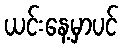
ယင်းနေ့မှာပင်